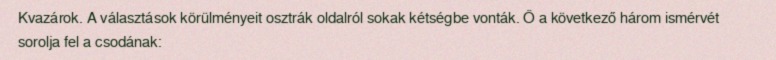
Kvazárok. A választások körülményeit osztrák oldalról sokak kétségbe vonták. Ő a következő három ismérvét sorolja fel a csodának: